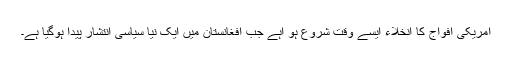
امریکی افواج کا انخلاء ایسے وقت شروع ہو اہے جب افغانستان میں ایک نیا سیاسی انتشار پیدا ہوگیا ہے۔